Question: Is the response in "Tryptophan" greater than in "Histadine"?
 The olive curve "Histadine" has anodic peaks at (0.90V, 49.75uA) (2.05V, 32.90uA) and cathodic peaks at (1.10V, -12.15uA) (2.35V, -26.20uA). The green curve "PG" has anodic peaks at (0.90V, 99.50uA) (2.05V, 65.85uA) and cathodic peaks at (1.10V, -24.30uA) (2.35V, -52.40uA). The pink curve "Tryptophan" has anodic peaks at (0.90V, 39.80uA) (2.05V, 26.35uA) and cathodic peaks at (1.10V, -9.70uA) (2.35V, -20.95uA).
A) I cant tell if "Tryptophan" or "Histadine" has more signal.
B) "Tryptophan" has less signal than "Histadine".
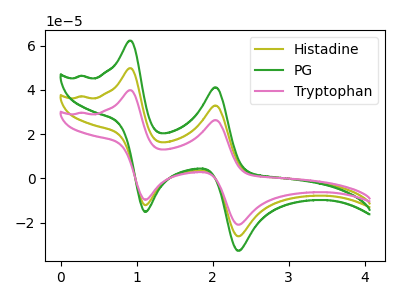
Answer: <think>All the peaks in "Tryptophan" have a peak in "Histadine" at the same potential. Every peak in "Tryptophan" is lower than every peak in "Histadine".
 </think>
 <answer>B) "Tryptophan" has less signal than "Histadine".</answer>
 <eval>B</eval>